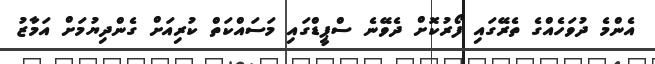
އެންމެ ދުވަހެއްގެ ތެެރޭގައި ފޯރުކޮށް ދެވޭނެ ސްޕީޑްގައި މަސައްކަތް ކުރިއަށް ގެންދިޔުމަށް އަމާޒު